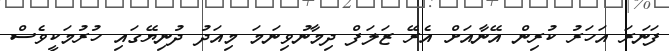
ފަނަރަ އަހަރު ކުރިން އޭނާއަށް އެރޭ ޒަލަފް ދިމާނުވިނަމަ މިއަދު ދުނިޔޭގައި ހުރުމަކީވެސް